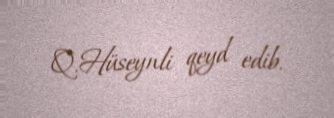
Q.Hüseynli qeyd edib.